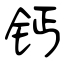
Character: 钙